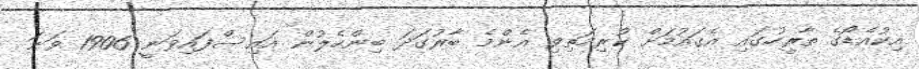
އިކުއެޑޯގެ ތާރީހުގައި އެގައުމަށް ކުރިމަތިވި އެންމެ ބާރުގަދަ ބިންހެލުން އައިސްފައިވަނީ 1906 ވަނަ